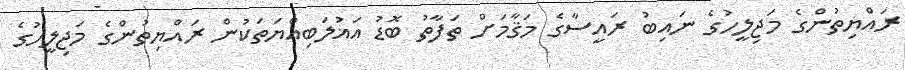
ރައްޔިތުންގެ މަޖިލީހުގެ ނައިބު ރައީސާގެ މަޤާމަށް ތަފާތު ބޮޑު އަޣުލަބިއްޔަަތަކުން ރައްޔިތުންގެ މަޖިލީހުގެ